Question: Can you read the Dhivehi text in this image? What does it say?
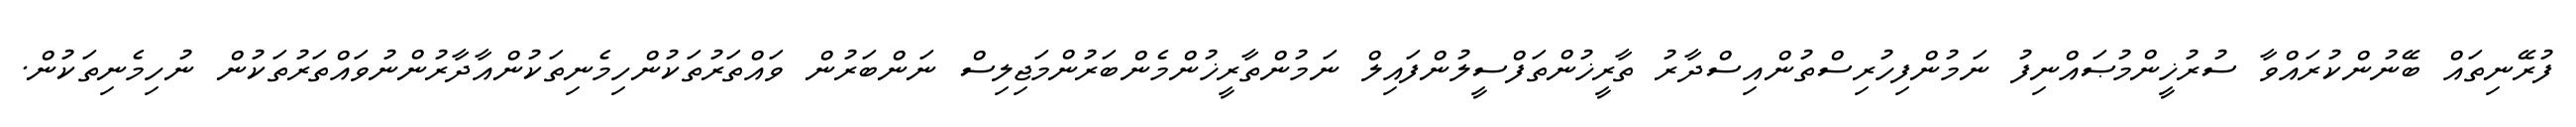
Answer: ފުރޭނިތައް ބޭނުންކުރައްވާ ސުރުޚީންމުޞައްނިފު ނަމުންފިހުރިސްތުންއިސްދާރު ތާރީޚުންތަފްސީލުންފައިލް ނަމުންތާރީޚުންމެންބަރުންމަޖިލިސް ނަންބަރުން ވައްތަރުތަކުންހިމެނިތަކުންއާދާރުންނުވައްތަރުތަކުން ނުހިމެނިތަކުން.